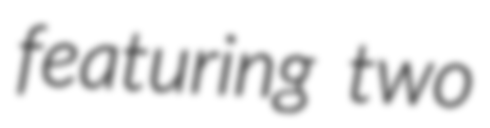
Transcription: featuring two